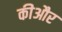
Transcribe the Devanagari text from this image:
कीऔर